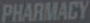
PHARMACY